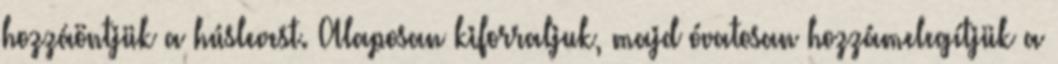
hozzáöntjük a húslevest. Alaposan kiforraljuk, majd óvatosan hozzámelegítjük a